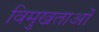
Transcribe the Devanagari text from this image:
विमुखताओं